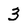
Character: 3